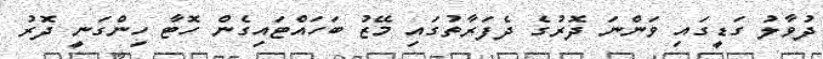
ދުވާލު ގަޑީގައި ވަންނަ ދޮރުގެ ދެފަރާތުގައި މޭޒު ބަހައްޓައިގެން ހޮޓާ ހިންގަނީ ދޮރު